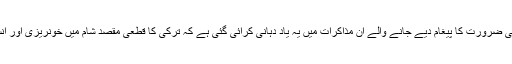
شامی انتظامیہ کے ضامن ممالک میں شامل روس کے اپنی ذمہ داریوں کو پورا کرنے کی ضرورت کا پیغام دیے جانے والے ان مذاکرات میں یہ یاد دہانی کرائی گئی ہے کہ ترکی کا قطعی مقصد شام میں خونریزی اور انسانی المیہ کا سدِ باب کرنا اور ملک میں سیاسی سلسلے پر عمل در آمد کو ممکن بنانا ہے۔